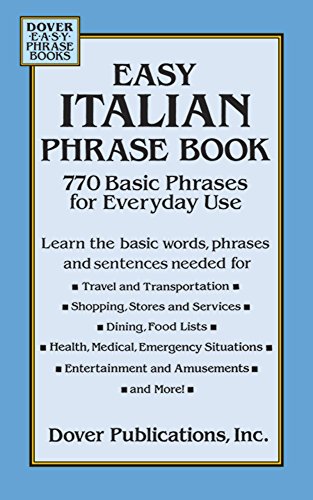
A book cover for Easy Italian Phrase Book: 770 Basic Phrases for Everyday Use (Dover Language Guides Italian); Dover; Travel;